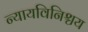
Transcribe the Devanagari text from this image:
न्यायविनिश्चय